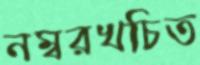
নম্বরখচিত